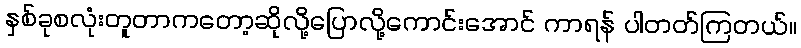
နှစ်ခုစလုံးတူတာကတော့ဆိုလို့ပြောလို့ကောင်းအောင် ကာရန် ပါတတ်ကြတယ်။